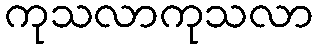
ကုသလာကုသလာ